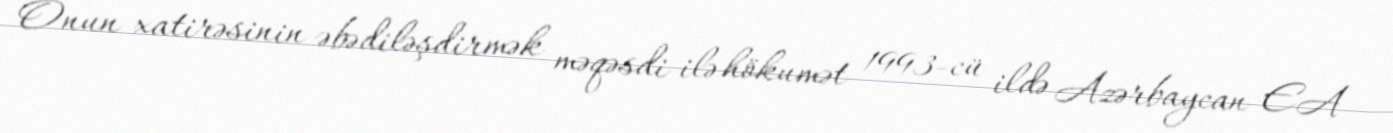
Onun xatirəsinin əbədiləşdirmək məqəsdi ilə hökumət 1993-cü ildə Azərbaycan EA